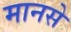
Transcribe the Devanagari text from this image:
मानसे